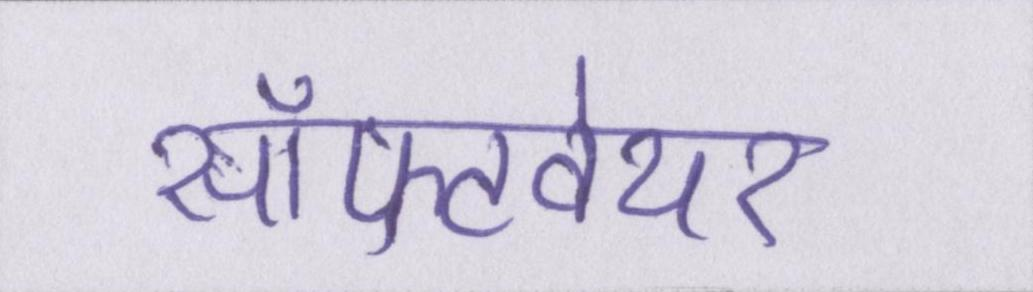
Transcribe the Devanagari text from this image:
सॉफ्टवेयर